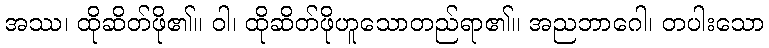
အဿ၊ ထိုဆိတ်ဖို၏။ ဝါ၊ ထိုဆိတ်ဖိုဟူသောတည်ရာ၏။ အညဘာဂေါ၊ တပါးသော